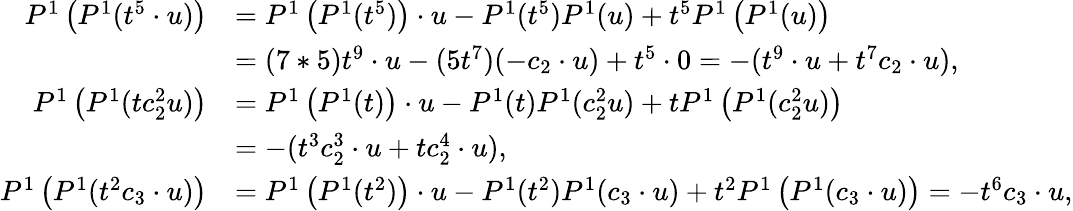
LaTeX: \begin{array}{rl}{P^{1}\left(P^{1}(t^{5}\cdot u)\right)}&{=P^{1}\left(P^{1}(t^{5})\right)\cdot u-P^{1}(t^{5})P^{1}(u)+t^{5}P^{1}\left(P^{1}(u)\right)}\\ &{=(7*5)t^{9}\cdot u-(5t^{7})(-c_{2}\cdot u)+t^{5}\cdot 0=-(t^{9}\cdot u+t^{7}c_{2}\cdot u),}\\ {P^{1}\left(P^{1}(tc_{2}^{2}u)\right)}&{=P^{1}\left(P^{1}(t)\right)\cdot u-P^{1}(t)P^{1}(c_{2}^{2}u)+tP^{1}\left(P^{1}(c_{2}^{2}u)\right)}\\ &{=-(t^{3}c_{2}^{3}\cdot u+tc_{2}^{4}\cdot u),}\\ {P^{1}\left(P^{1}(t^{2}c_{3}\cdot u)\right)}&{=P^{1}\left(P^{1}(t^{2})\right)\cdot u-P^{1}(t^{2})P^{1}(c_{3}\cdot u)+t^{2}P^{1}\left(P^{1}(c_{3}\cdot u)\right)=-t^{6}c_{3}\cdot u,}\end{array}